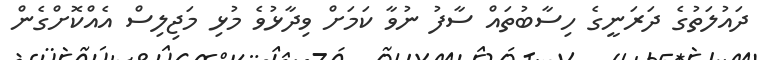
ދައުލަތުގެ ދަރަނީގެ ހިސާބުތައް ސާފު ނުވާ ކަމަށް ވިދާޅުވެ މުޅި މަޖިލިސް އެއްކޮށްގެން